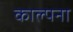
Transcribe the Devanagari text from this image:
काल्पना